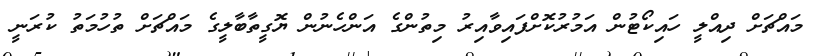
މައްޗަށް ދިއްލީ ހައިކޯޓުން އަމުރުކޮށްފައިވާއިރު މިތުންގެ އަންހެނުން ޔޮގީތާބާލީގެ މައްޗަށް ތުހުމަތު ކުރަނީ